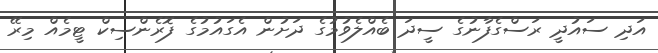
އަދި ސައުދީ ރަސްގެފާނުގެ ސީދަ ބެއްލެވުމުގެ ދަށުން އެގައުމުގެ ފޮރެންސިކް ޓީމެއް މިރޭ